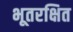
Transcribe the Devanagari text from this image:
भूतरक्षित